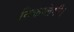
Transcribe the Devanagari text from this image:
निकालेगी।